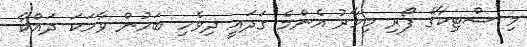
މި ސްޓިކާގެ ފޯރި މިހާރު އެންމެ ގަދައީ ދިވެހި ބަހުން ވާހަކަ ދައްކާ